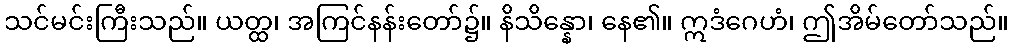
သင်မင်းကြီးသည်။ ယတ္ထ၊ အကြင်နန်းတော်၌။ နိသိန္နော၊ နေ၏။ ဣဒံဂေဟံ၊ ဤအိမ်တော်သည်။